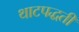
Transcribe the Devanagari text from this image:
थाटपद्धती